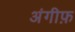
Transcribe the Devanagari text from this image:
अंगीफ़